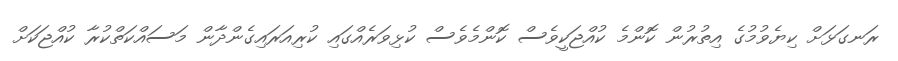
ރަނގަޅަށް ކިޔެވުމުގެ އިތުރުން ކޮންމެ ކުއްޖަކީވެސް ކޮންމެވެސް ކުޅިވަރެއްގައި ކުރިއަރައިގެންދާން މަސައްކަތްކުރާ ކުއްޖަކަށް